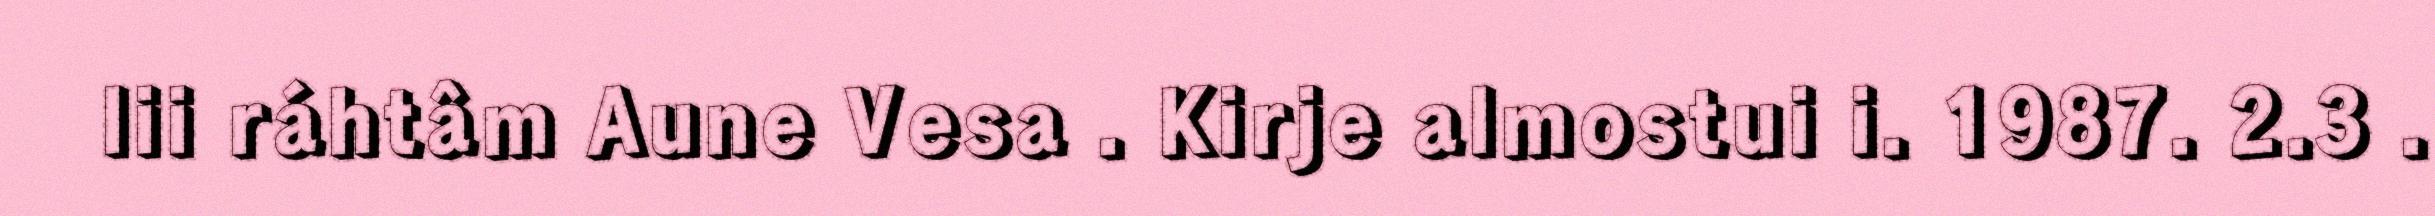
lii ráhtâm Aune Vesa . Kirje almostui i. 1987. 2.3 .